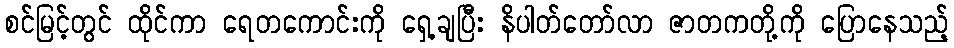
စင်မြင့်တွင် ထိုင်ကာ ရေတကောင်းကို ရှေ့ချပြီး နိပါတ်တော်လာ ဇာတကတို့ကို ပြောနေသည့်